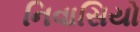
નિવાસિયો